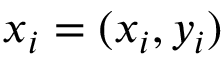
\boldsymbol x _ { i } = ( x _ { i } , y _ { i } )